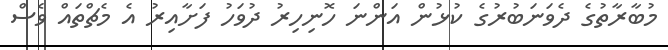
މުބާރާތުގެ ދެވަނަބުރުގެ ކުޅުން އަންނަ ހޮނިހިރު ދުވަހު ފަށާއިރު އެ މެޗްތައް ވެސް